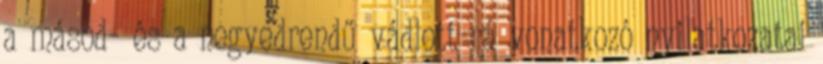
a másod- és a negyedrendű vádlott rá vonatkozó nyilatkozatai